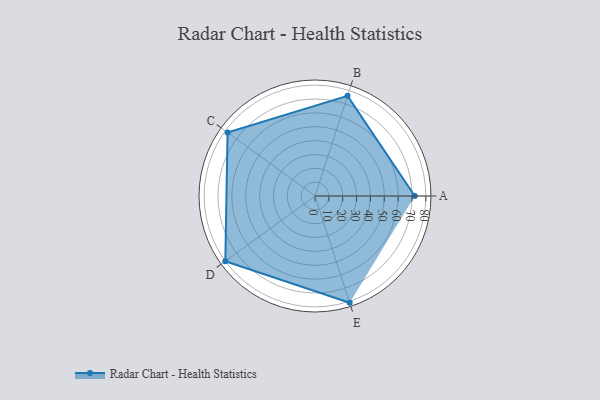
{"axis": {"x": "Skill", "y": "Score"}, "legend": ["Profile"], "data": [{"x": "A", "y": 72.0, "type": "Profile"}, {"x": "B", "y": 76.0, "type": "Profile"}, {"x": "C", "y": 78.0, "type": "Profile"}, {"x": "D", "y": 80.0, "type": "Profile"}, {"x": "E", "y": 81.0, "type": "Profile"}]}